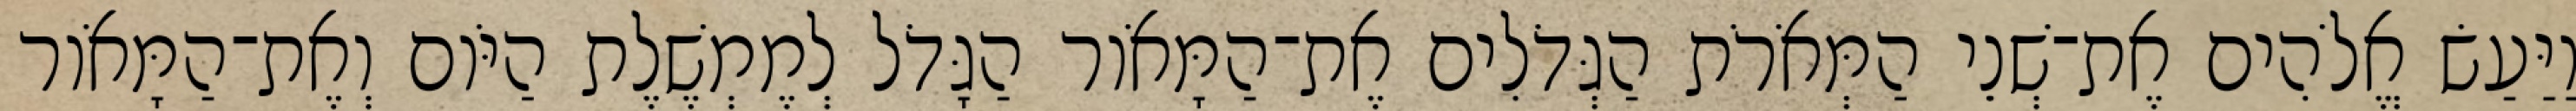
וַיַּעַשׂ אֱלֹהִים אֶת־שְׁנֵי הַמְּאֹרֹת הַגְּדֹלִים אֶת־הַמָּאֹור הַגָּדֹל לְמֶמְשֶׁלֶת הַיֹּום וְאֶת־הַמָּאֹור